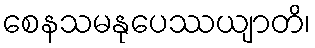
စေနသမနုပေဿယျာတိ၊